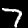
Digit: 7